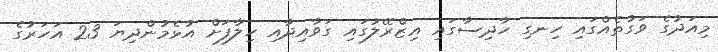
މިއަދުގެ ވަގުތެއްގައި ހިނގި ހާދިސާގައި އިޒްރޭލުގައި ގަވާއިދާއި ހިލާފަށް އުޅެމުންދިޔަ 23 އަހަރުގެ